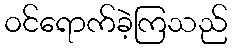
ဝင်ရောက်ခဲ့ကြသည်